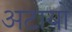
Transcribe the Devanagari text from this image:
अटायो